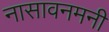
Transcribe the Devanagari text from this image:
नासावनमनी